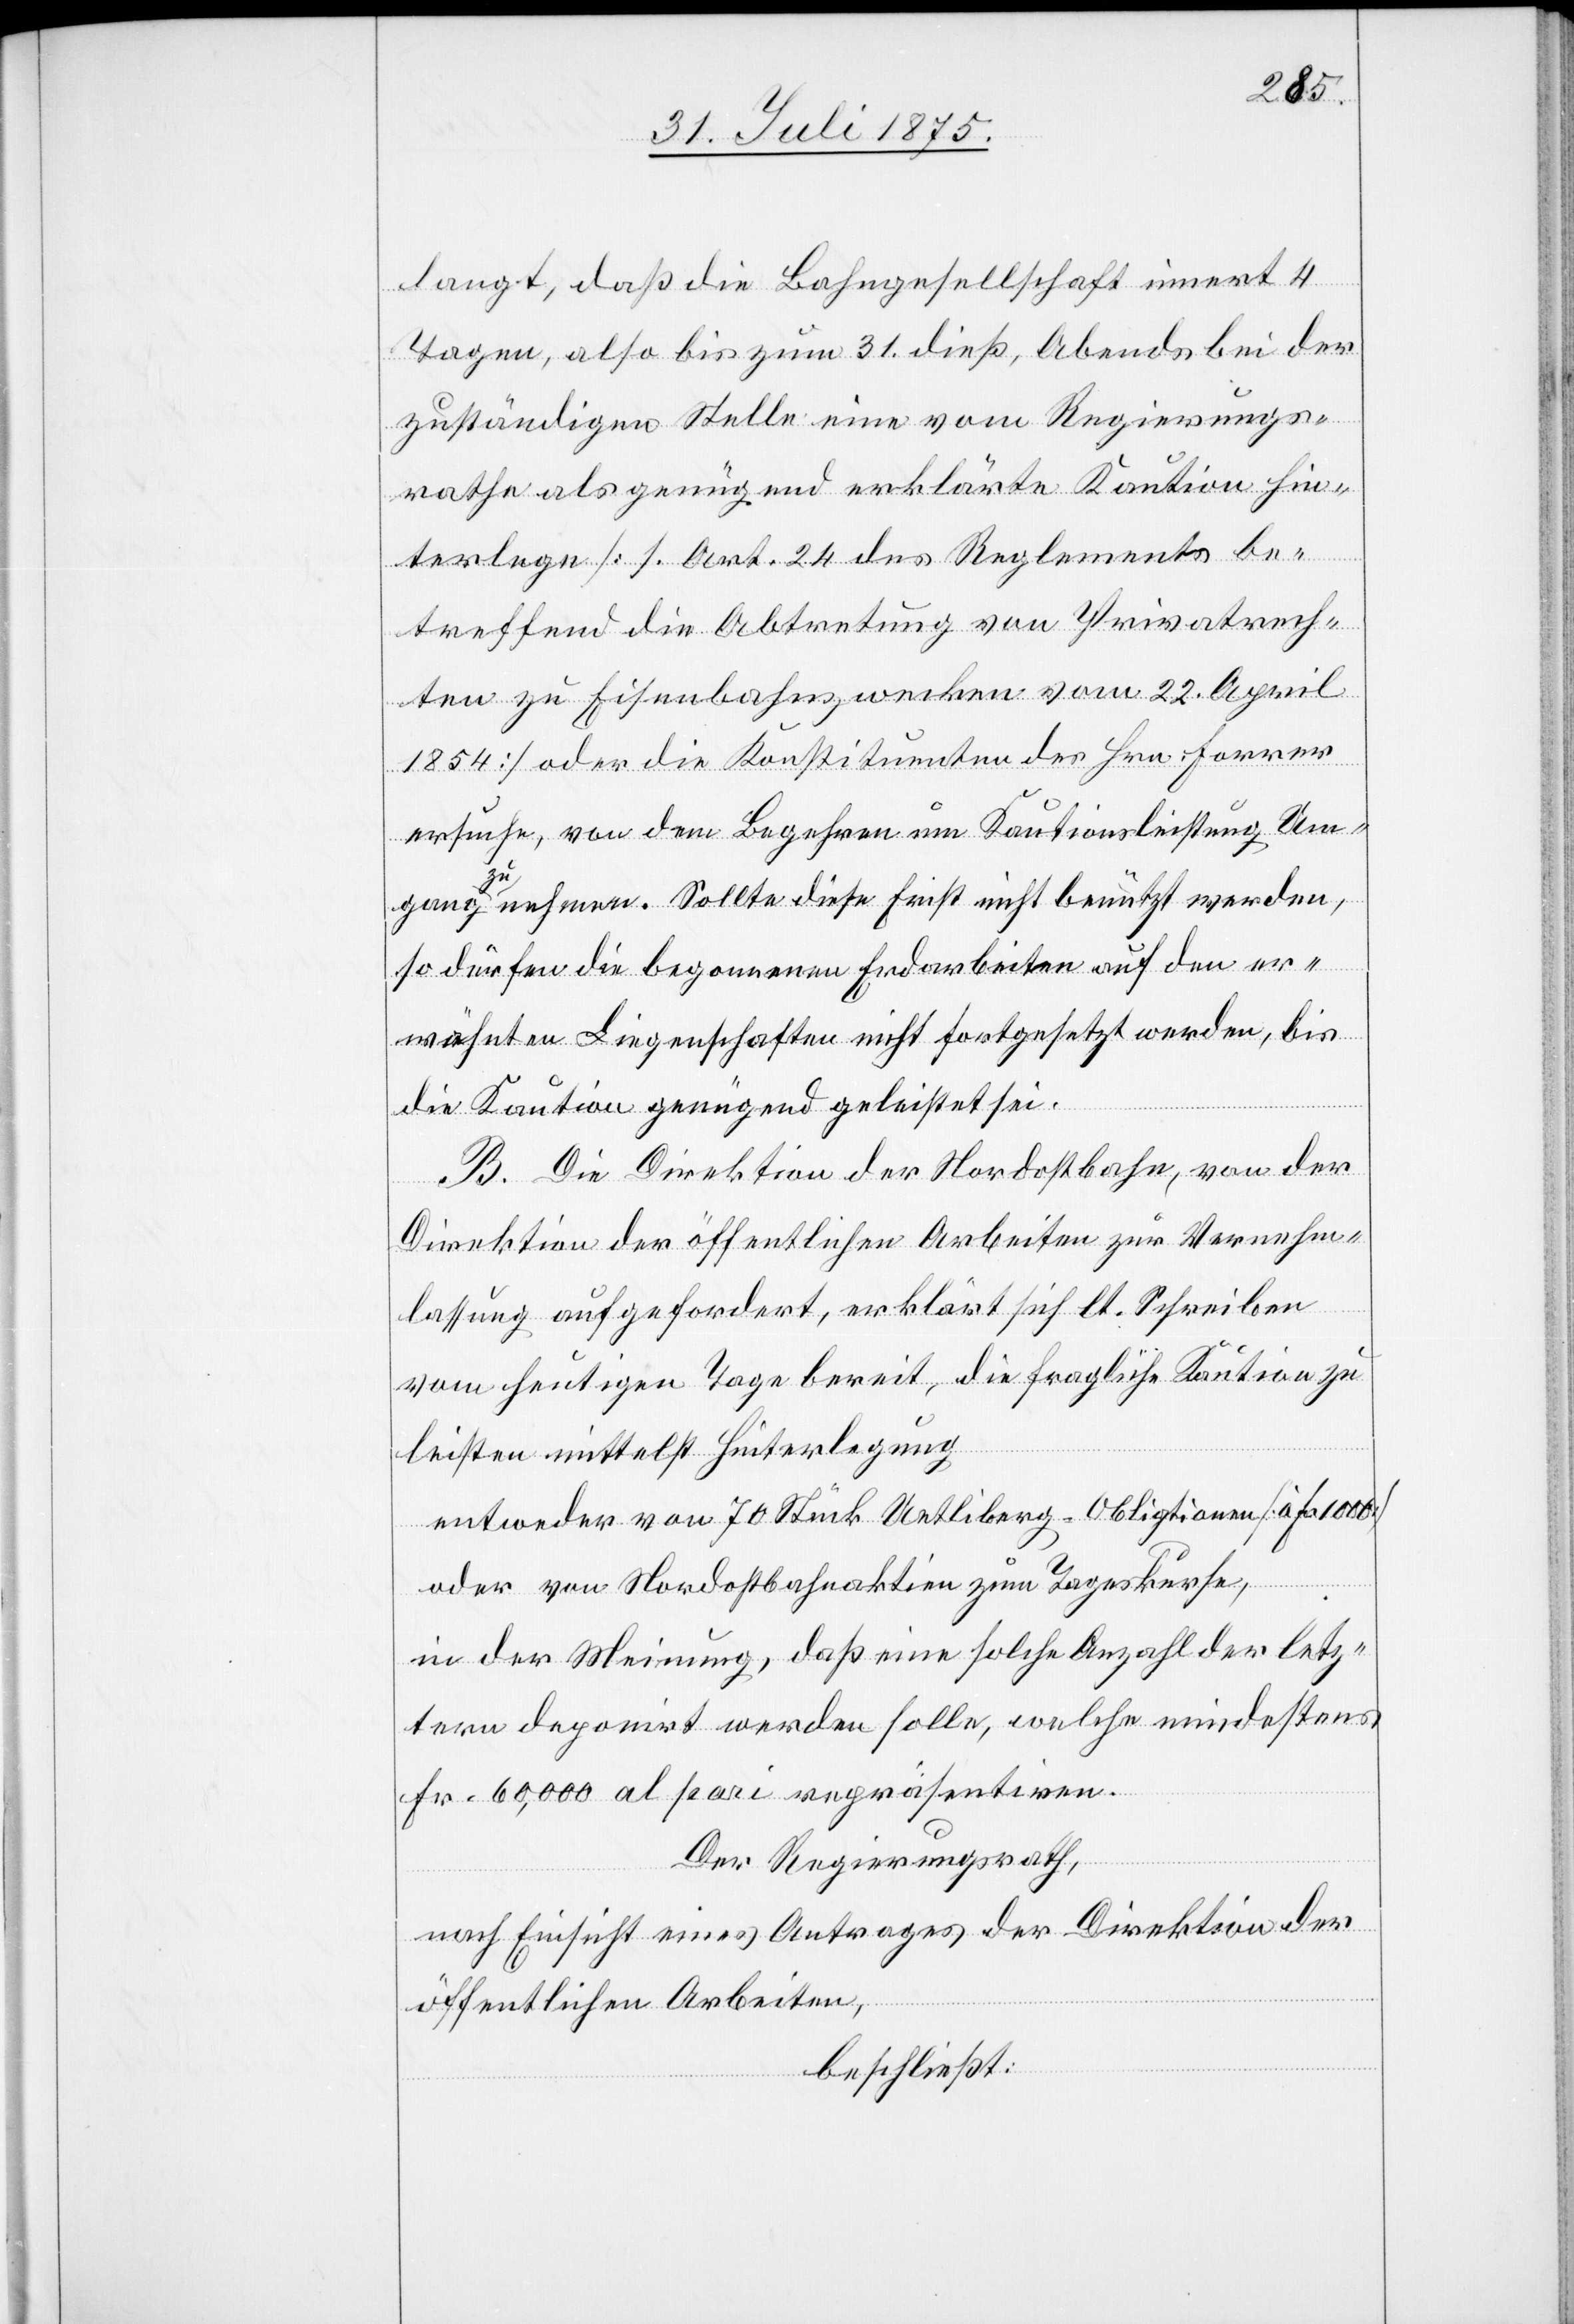
langt, daß die Bahngesellschaft innert 4
Tagen, also bis zum 31. dieß, Abends bei der
zuständigen Stelle eine vom Regierungs¬
rathe als genügend erklärte Kaution hin¬
terlege [s. Art. 24 des Reglements be¬
treffend die Abtretung von Privatrech¬
ten zu Eisenbahnzwecken vom 22. April
1854] oder die Konstituenten des Hrn. Forrer
ersuche, von dem Begehren um Kautionsleistung Um¬
gang zu nehmen. Sollte diese Frist nicht benutzt werden,
so dürfen die begonnenen Erdarbeiten auf den er¬
wähnten Liegenschaften nicht fortgesetzt werden, bis
die Kaution genügend geleistet sei.
B. Die Direktion der Nordostbahn, von der
Direktion der öffentlichen Arbeiten zur Vernehm¬
ver¬
lassung aufgefordert, erklärt sich lt. Schreiben
vom heutigen Tage bereit, die fragliche Kaution zu
leisten mittelst Hinterlegung
entweder von 70 Stück Uetliberg-Obligationen [à Fr. 1000]
oder von Nordostbahnaktien zum Tageskurse,
in der Meinung, daß eine solche Anzahl der letz¬
tern deponirt werden solle, welche mindestens
Fr. 60,000 al pari repräsentiren.
Der Regierungsrath,
nach Einsicht eines Antrages der Direktion der
öffentlichen Arbeiten,
beschließt: